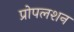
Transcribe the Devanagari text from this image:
प्रोपलशन